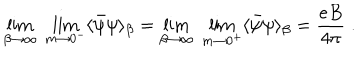
\lim _ { \beta \rightarrow \infty } \; \lim _ { m \rightarrow 0 ^ { - } } \langle { \bar { \psi } } \psi \rangle _ { \beta } = \lim _ { \beta \rightarrow \infty } \; \lim _ { m \rightarrow 0 ^ { + } } \langle \bar { \psi } \psi \rangle _ { \beta } = \frac { e B } { 4 \pi } \; .